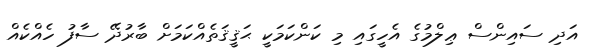
އަދި ސައިންސް ޢިލްމުގެ އެހީގައި މި ކަންކަމަކީ ޙަޤީޤަތެއްކަމަށް ބާރުދޭ ސާފު ހެއްކެއް